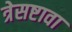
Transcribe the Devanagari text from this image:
त्रेसष्टावा